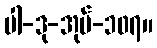
ပါ-ဒု-အုပ်-၁၀၇။